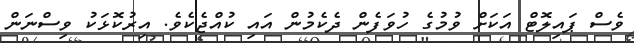
ވެސް ޕައިލޮޓް އަކަށް ވުމުގެ ހުވަފެން ދެކެމުން އައި ކުއްޖެކެވެ. އިރުކޮޅަކު ވިސްނަން